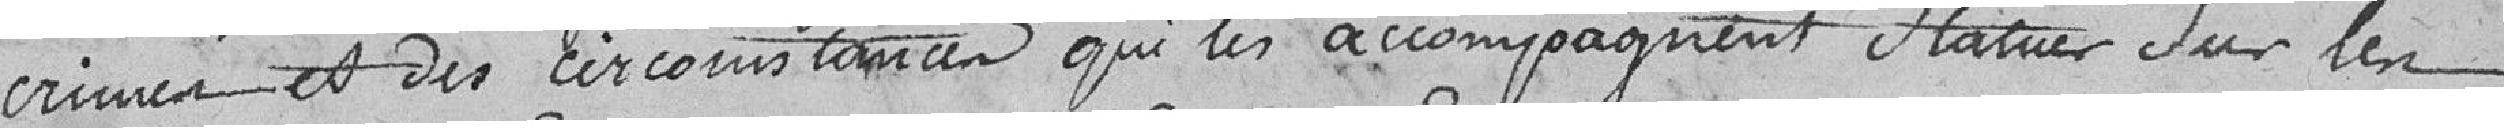
crimes et des circonstances qui les accompagnent statuer sur les